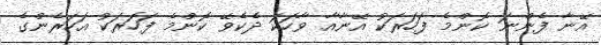
އޭނާ ފެންނަ ކޮންމެ ފަހަރަކު އޭނާއާ ވާހަކަ ދެކެވޭ ކޮންމެ ފަހަރަކު އަހަރެންގެ